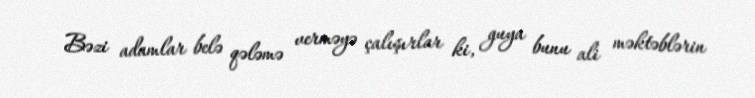
Bəzi adamlar belə qələmə verməyə çalışırlar ki, guya bunu ali məktəblərin